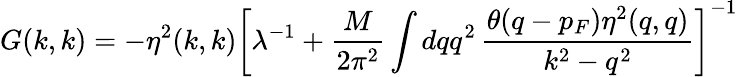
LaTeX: G(k,k)=-\eta^{2}(k,k)\left[\lambda^{-1}+\frac{M}{2\pi^{2}}\int{dqq^{2}}\, \frac{\theta(q-p_{F})\eta^{2}(q,q)}{{k^{2}}-q^{2}}\right]^{-1}